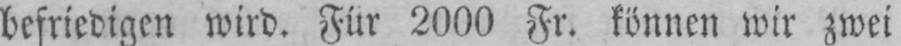
befriedigen wird. Für 2000 Fr. können wir zwei